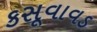
કસૂવાવડ